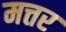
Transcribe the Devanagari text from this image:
मत्तर